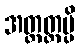
အတ္တတ္ထမ္ပိ